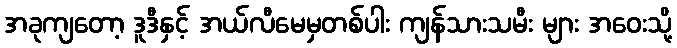
အခုကျတော့ ဒူဒီနှင့် အယ်လီမေမှတစ်ပါး ကျန်သားသမီး များ အဝေးသို့